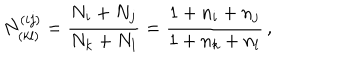
N _ { ( k l ) } ^ { ( i j ) } = { \frac { N _ { i } + N _ { j } } { N _ { k } + N _ { l } } } = { \frac { 1 + n _ { i } + n _ { j } } { 1 + n _ { k } + n _ { l } } } \, ,